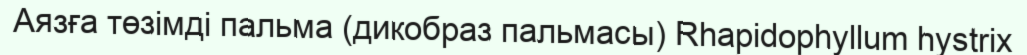
Аязға төзімді пальма (дикобраз пальмасы) Rhapidophyllum hystrix